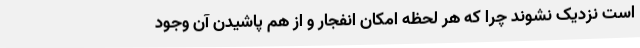
است نزدیک نشوند چرا که هر لحظه امکان انفجار و از هم پاشیدن آن وجود